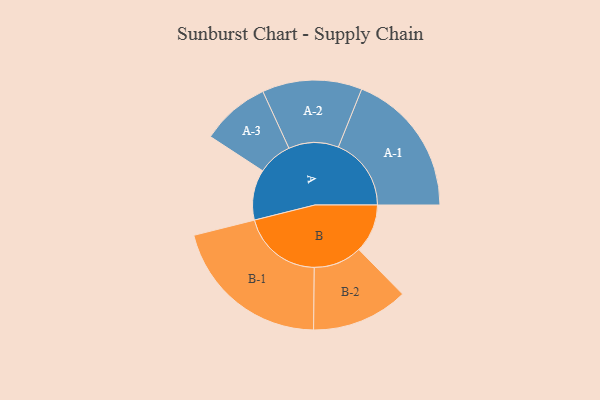
{"axis": {"x": "Segment", "y": "Value"}, "legend": ["", "A", "B"], "data": [{"x": "A", "y": 163, "type": ""}, {"x": "B", "y": 157, "type": ""}, {"x": "A-1", "y": 235, "type": "A"}, {"x": "A-2", "y": 161, "type": "A"}, {"x": "A-3", "y": 111, "type": "A"}, {"x": "B-1", "y": 260, "type": "B"}, {"x": "B-2", "y": 156, "type": "B"}]}